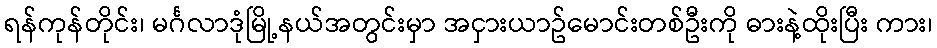
ရန်ကုန်တိုင်း၊ မင်္ဂလာဒုံမြို့နယ်အတွင်းမှာ အငှားယာဥ်မောင်းတစ်ဦးကို ဓားနဲ့ထိုးပြီး ကား၊